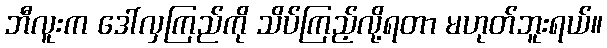
ဘီလူးက ဒေါ်လှကြည်ကို သိပ်ကြည့်လို့ရတာ မဟုတ်ဘူးရယ်။